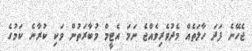
ޖެހޭނެ ފަދަ ހާލަތެއް މެދުވެރިވެއްޖެ ނަމަ އެޓީމް މުބާރަތުން ވަކި ކުރާނެ ކަމުގެ